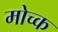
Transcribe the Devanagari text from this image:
मोच्क